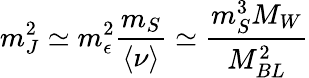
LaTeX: m_{J}^{2}\simeq m_{\epsilon}^{2}{\frac{m_{S}}{\langle\nu\rangle}}\simeq{\frac{m_{S}^{3}M_{W}}{M_{BL}^{2}}}